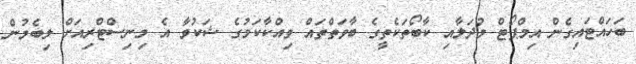
ބަހައްޓައިގެން އިމްޕޯޓް މުދަލާއި ކާބޯތަކެތީގެ ބާވަތްތައް ވިއްކާކަމުގެ ޝަކުވާ އެ މިނިސްޓްރިއަށް ލިބެމުން